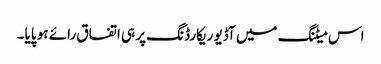
اس میٹنگ میں آڈیو ریکارڈنگ پر ہی اتفاق رائے ہو پایا۔